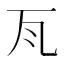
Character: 𭺛